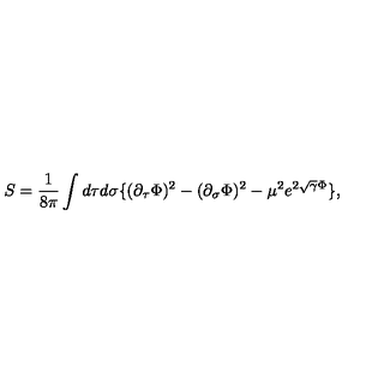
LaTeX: S = { \frac { 1 } { 8 \pi } } \int d \tau d \sigma \{ ( \partial _ { \tau } \Phi ) ^ { 2 } - ( \partial _ { \sigma } \Phi ) ^ { 2 } - \mu ^ { 2 } e ^ { 2 \sqrt { \gamma } \Phi } \} ,